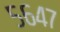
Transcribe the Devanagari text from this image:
५६४७